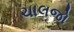
ચાલજો